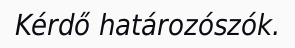
Kérdő határozószók.